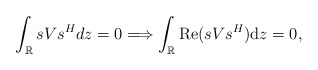
\begin{align*} \int_{\mathbb{R}}sVs^{H} dz=0 \Longrightarrow \int_{\mathbb{R}}{\rm Re} (sVs^{H} ) \mathrm{d}z=0,\end{align*}